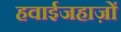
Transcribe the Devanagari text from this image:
हवाईजहाज़ों